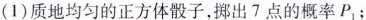
(1)质地均匀的正方体骰子，梆出7点的概率P_{1}；